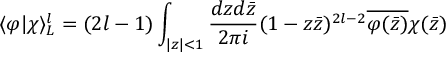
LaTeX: \langle \varphi | \chi \rangle _ { { \cal L } } ^ { l } = ( 2 l - 1 ) \int _ { | z | < 1 } \frac { d z d \bar { z } } { 2 \pi i } ( 1 - z \bar { z } ) ^ { 2 l - 2 } \overline { { { \varphi ( \bar { z } ) } } } \chi ( \bar { z } )